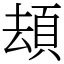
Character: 䪺